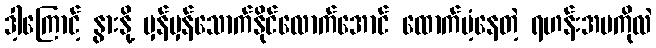
ဒါ့ကြောင့် နွားနို့ မှန်မှန်သောက်နိုင်လောက်အောင် ထောက်ပံ့နေတဲ့ ရဟန်းအမကိုလဲ